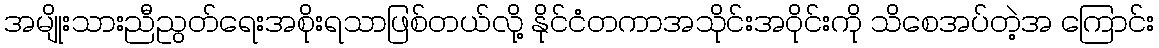
အမျိုးသားညီညွတ်ရေးအစိုးရသာဖြစ်တယ်လို့ နိုင်ငံတကာအသိုင်းအဝိုင်းကို သိစေအပ်တဲ့အ ကြောင်း